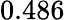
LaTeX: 0.486